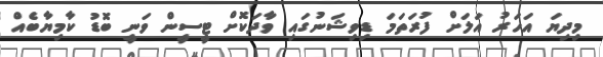
މިދިޔަ އަހަރު އަލަށް ފުރަތަމަ ޑިވިޝަނުގައި ވާދަކޮށް ޓީސީން ވަނީ ބޮޑު ކާމިޔާބެއް